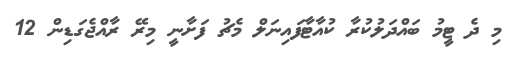
މި ދެ ޓީމު ބައްދަލުކުރާ ކުއާޓާފައިނަލް މެޗު ފަށާނީ މިރޭ ރާއްޖެގަޑިން 12